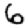
Digit: 6